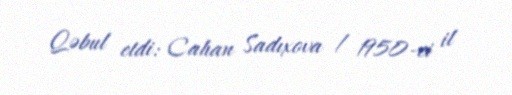
Qəbul etdi: Cahan Sadıxova / 1950-ci il